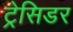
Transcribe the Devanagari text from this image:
ट्रेसिडर